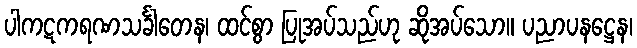
ပါကဋကရဏသင်္ခါတေန၊ ထင်စွာ ပြုအပ်သည်ဟု ဆိုအပ်သော။ ပညာပနဋ္ဌေန၊